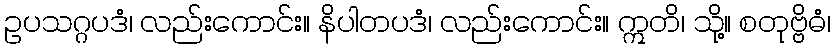
ဥပသဂ္ဂပဒံ၊ လည်းကောင်း။ နိပါတပဒံ၊ လည်းကောင်း။ ဣတိ၊ သို့။ စတုဗ္ဗိဓံ၊